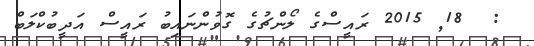
:  18